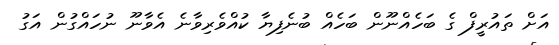
އަށް ތައުރީފް ގެ ބަހެއްނޫން ބަހެއް ބުނެފިޔާ ކުއްވެރިވާނެ އެވާނޫ ނުހައްގުން އަގު